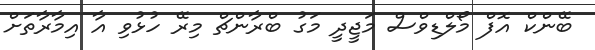
ބޭންކް އޮފް މޯލްޑިވްސް މަޖީދީ މަގު ބްރާންޗް މިރޭ ހުޅުވި އާ އިމާރާތަށް